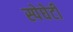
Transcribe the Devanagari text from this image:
स्पेघेटी